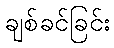
ချစ်ခင်ခြင်း